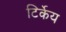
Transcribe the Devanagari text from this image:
टिर्केय